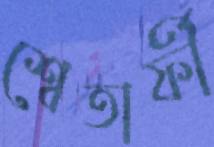
শ্বেতার্ফী